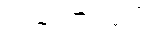
လည်ပတ်ပါမည်